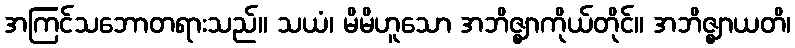
အကြင်သဘောတရားသည်။ သယံ၊ မိမိဟူသော အဘိဇ္ဈာကိုယ်တိုင်။ အဘိဇ္ဈာယတိ၊